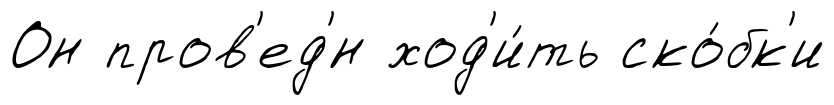
Он пров'ед'́н ход'и́ть ско́бк'и